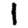
Digit: 1